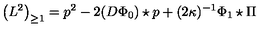
\left( L ^ { 2 } \right) _ { \geq 1 } = p ^ { 2 } - 2 ( D \Phi _ { 0 } ) \star p + ( 2 \kappa ) ^ { - 1 } \Phi _ { 1 } \star \Pi